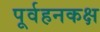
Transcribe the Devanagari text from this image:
पूर्वहनकक्ष